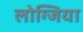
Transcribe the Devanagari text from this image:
लोग्जिया